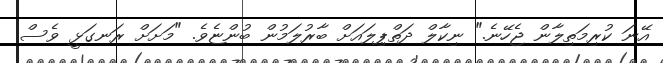
އޭނަ ކުރިމަތިލާން ޖެހޭނެ." ނިކާލް ދަތްޕިލައަށް ބާރުލަމުން ބުންޏެވެ. "މަށަށް ރަނގަޅީ ވެސް